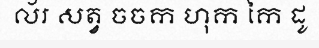
ល័រ សត្វ ចចក ហុក កៃ ដូ